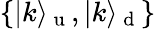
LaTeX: \{ \vert k\rangle_{\mathrm{~u~}},\vert k\rangle_{\mathrm{~d~}}\}